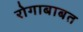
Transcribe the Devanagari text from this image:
रोगाबाबत